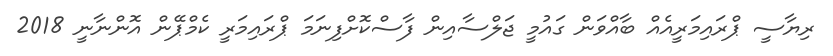
ރިޔާސީ ޕްރައިމަރީއެއް ބާއްވަން ގައުމީ ޖަލްސާއިން ފާސްކޮށްފިނަމަ ޕްރައިމަރީ ކެމްޕޭން އޮންނާނީ 2018